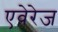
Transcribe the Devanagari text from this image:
एवेरेज